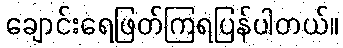
ချောင်းရေဖြတ်ကြရပြန်ပါတယ်။